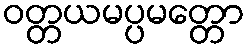
ဝတ္တယမပ္ပမတ္တော